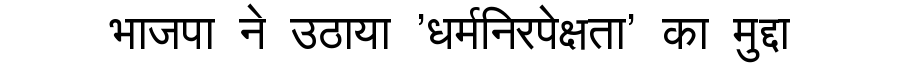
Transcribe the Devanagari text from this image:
भाजपा ने उठाया 'धर्मनिरपेक्षता' का मुद्दा